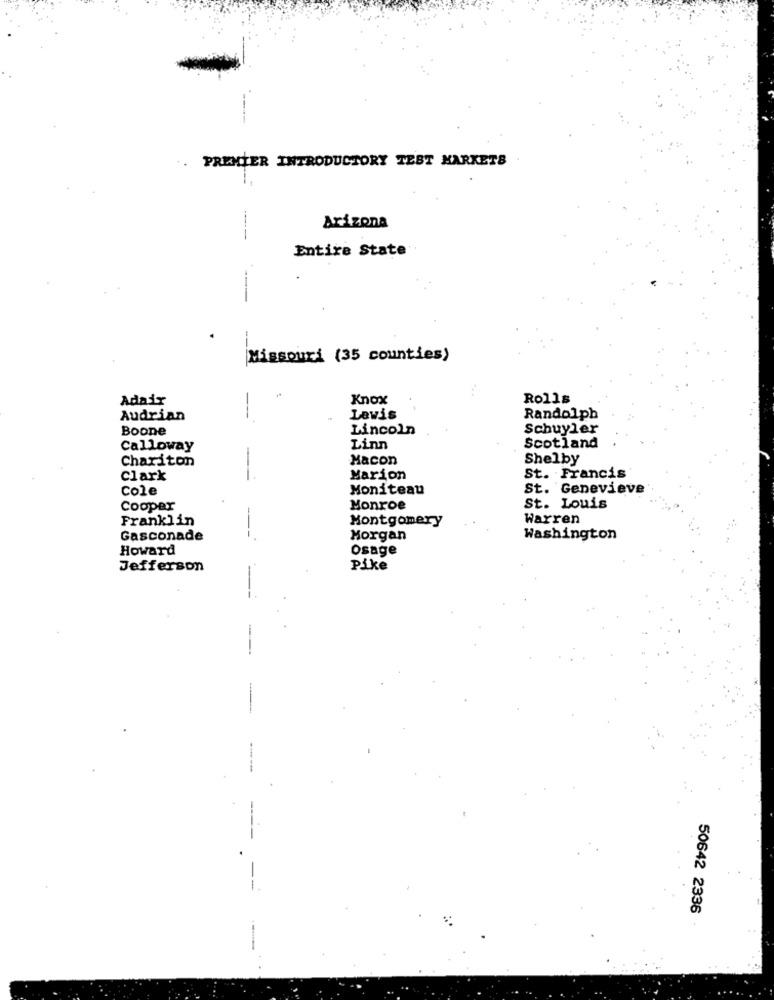
PREMIER INTRODUCTORY TEST MARKETS
Arizona
----
Entire State
-
Missouri (35 counties)
Adair
Knox
Rolls
Audrian
-
Levis
Randolph
Boone
Lincoln
Schuyler
Scotland
Calloway
Linn
Chariton
Macon
Shelby
St. Francis
Clark
Marion
Cole
Moniteau
St. Genevieve
Cooper
Monroe
St. Louis
Franklin
Montgomery
Warren
Gasconade
Morgan
Washington
Howard
Osage
Jefferson
Pike
-
-
50642 2336